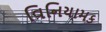
વિનિયામક